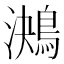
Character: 𪁠